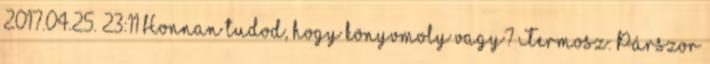
2017.04.25. 23:11 Honnan tudod, hogy könyvmoly vagy? Termosz: Párszor